Rangoon Lunatic Asylum 1878-1892 - 1878-1892
Year: 1878
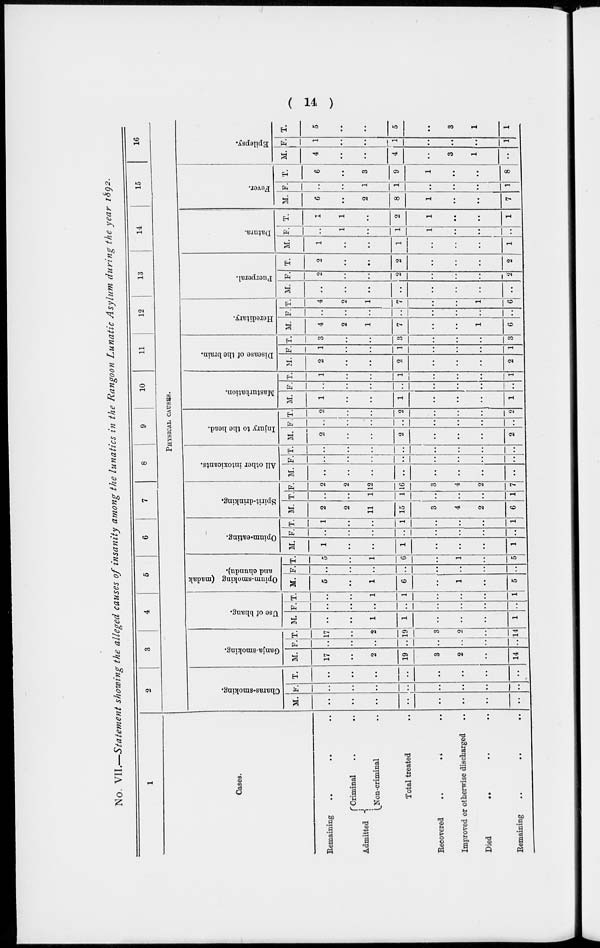
( 14 )
No. VII.—Statement showing the alleged causes of insanity among the lunatics in the Rangoon Lunatic Asylum during the year 1892.
1
Cases.
Remaining .. .. ..
Admitted
Criminal .. ..
Non-criminal ..
Total treated ..
Recovered
..
..
..
Improved or otherwise discharged ..
Died .. .. ..
Remaining .. .. ..
2
3
4
5
6
7
8
9
10
11
12
13
14
15
16
PHYSICAL CAUSES.
Charas-smoking.
M.
..
..
..
..
..
..
..
..
F.
..
..
..
..
..
..
..
..
T.
..
..
..
..
..
..
..
..
Ganja-smoking.
M.
17
..
2
19
3
2
..
14
F.
..
..
..
..
..
..
..
..
T.
17
..
2
19
3
2
..
14
Use of bhang.
M.
..
..
1
1
..
..
..
1
F.
..
..
..
..
..
..
..
..
T.
..
..
1
1
..
..
..
1
Opium-smoking (madak
and chundu).
M.
5
..
1
6
..
1
..
5
F.
..
..
..
..
..
..
..
..
T.
5
..
1
6
..
1
..
5
Opium-eating.
M.
1
..
..
1
..
..
..
1
F.
..
..
..
..
..
..
..
..
T.
1
..
..
1
..
..
..
1
Spirit-drinking.
M.
2
2
11
15
3
4
2
6
T.
..
..
1
1
..
..
..
1
F.
2
2
12
16
3
4
2
7
All other intoxicants.
M.
..
..
..
..
..
..
..
..
F.
..
..
..
..
..
..
..
..
T.
..
..
..
..
..
..
..
..
Injury to the head.
M.
2
..
..
2
..
..
..
2
F.
..
..
..
..
..
..
..
..
T.
2
..
..
2
..
..
..
2
Masturbation.
M.
1
..
..
1
..
..
..
1
F.
..
..
..
..
..
..
..
..
T.
1
..
..
1
..
..
..
1
Disease of the brain.
M.
2
..
..
2
..
..
..
2
F.
1
..
..
1
..
..
..
1
T.
3
..
..
3
..
..
..
3
Hereditary.
M.
4
2
1
7
..
..
1
6
F.
..
..
..
..
..
..
..
..
T.
4
2
1
7
..
..
1
6
Puerperal.
M.
..
..
..
..
..
..
..
2
F.
2
..
..
2
..
..
..
..
T.
2
..
..
2
..
..
..
2
Datura.
M.
1
1
..
1
..
..
..
1
F.
..
..
..
1
1
..
..
..
T.
1
1
..
2
1
..
..
1
Fever.
M.
6
..
2
8
1
..
..
7
F.
..
..
1
1
..
..
..
1
T.
6
..
3
9
1
..
..
8
Epilepsy.
M.
4
..
..
4
..
3
1
..
F.
1
..
..
1
..
..
..
1
T.
5
..
..
5
..
3
1
1